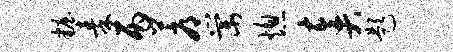
妆秦丙蓐棠熄奏题